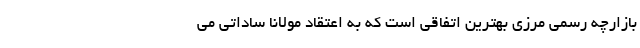
بازارچه رسمی مرزی بهترین اتفاقی است که به اعتقاد مولانا ساداتی می